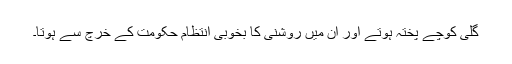
گلی کوچے پختہ ہوتے اور اُن میں روشنی کا بخوبی اِنتظام حکومت کے خرچ سے ہوتا۔